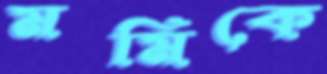
মমিকে